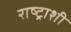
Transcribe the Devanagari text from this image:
राष्ट्राशी